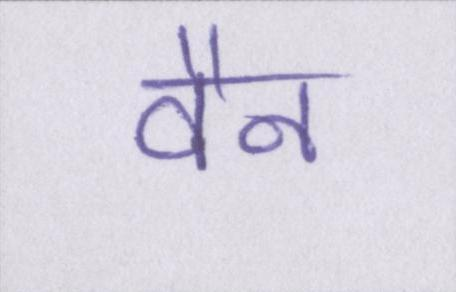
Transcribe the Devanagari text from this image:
वैन